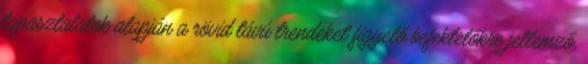
tapasztalatok alapján a rövid távú trendeket figyelő befektetőkre jellemző,